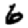
Digit: 6